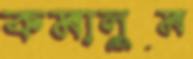
কমালুম